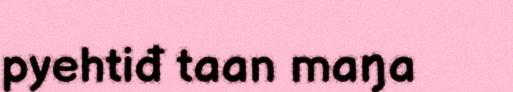
pyehtiđ taan maŋa